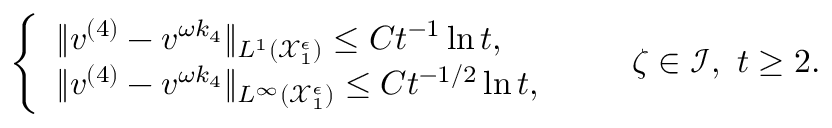
\begin{array} { r } { \left\{ \begin{array} { l l } { \| v ^ { ( 4 ) } - v ^ { \omega k _ { 4 } } \| _ { L ^ { 1 } ( \mathcal { X } _ { 1 } ^ { \epsilon } ) } \leq C t ^ { - 1 } \ln t , } \\ { \| v ^ { ( 4 ) } - v ^ { \omega k _ { 4 } } \| _ { L ^ { \infty } ( \mathcal { X } _ { 1 } ^ { \epsilon } ) } \leq C t ^ { - 1 / 2 } \ln t , } \end{array} \right. \qquad \zeta \in \mathcal { I } , \ t \geq 2 . } \end{array}